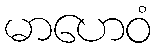
မာဟေဝံ